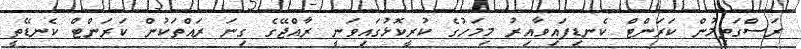
ރަސްގަތީމުން ކަރަންޓް ކެނޑިފައިވާއިރު މިމަހުގެ ކުރީކޮޅުގައިވަނީ ރާއްޖޭގެ ގިނަ ރައްތަކުން ކަރަންްޓް ކެނޑޭތީ